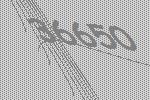
36650